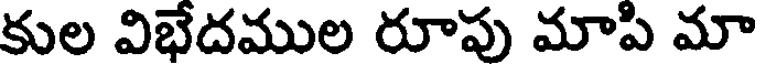
కుల విభేదముల రూపు మాపి మా